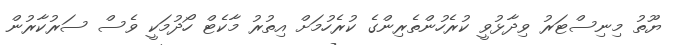
ޔޫތު މިނިސްޓަރު ވިދާޅުވީ ކުރެހުންތެރިންގެ ކުރެހުމަށް އިތުރު މާކެޓް ހޯދުމަކީ ވެސް ސަރުކާރުން